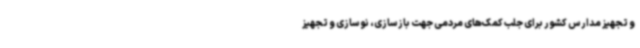
و تجهیز مدارس کشور برای جلب کمک‌های مردمی جهت بازسازی، نوسازی و تجهیز